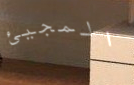
المجيئ